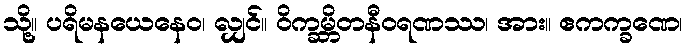
သို့။ ပရိမနယေနေဝ၊ လျှင်။ ဝိက္ခမ္ဘိတနီဝရဏဿ၊ အား။ ဧကက္ခဏေ၊